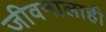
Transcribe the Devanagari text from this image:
जीवनालाही